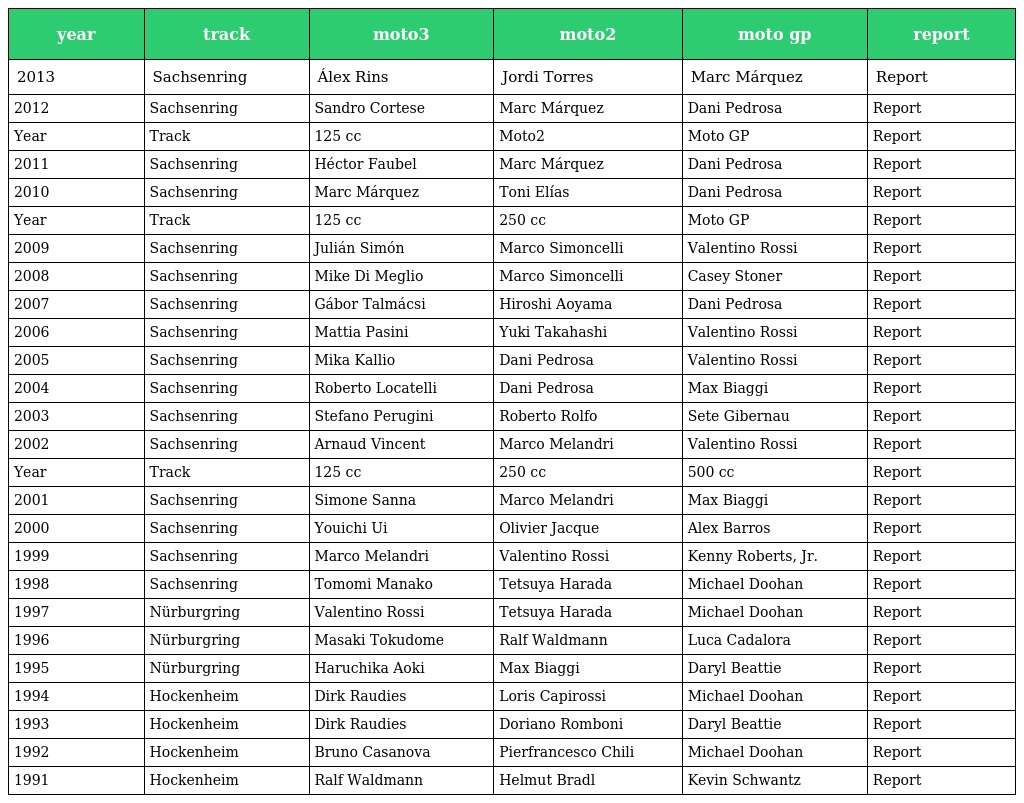
| year | track | moto3 | moto2 | moto gp | report |
 | --- | --- | --- | --- | --- | --- |
 | 2013 | Sachsenring | Álex Rins | Jordi Torres | Marc Márquez | Report |
 | 2012 | Sachsenring | Sandro Cortese | Marc Márquez | Dani Pedrosa | Report |
 | Year | Track | 125 cc | Moto2 | Moto GP | Report |
 | 2011 | Sachsenring | Héctor Faubel | Marc Márquez | Dani Pedrosa | Report |
 | 2010 | Sachsenring | Marc Márquez | Toni Elías | Dani Pedrosa | Report |
 | Year | Track | 125 cc | 250 cc | Moto GP | Report |
 | 2009 | Sachsenring | Julián Simón | Marco Simoncelli | Valentino Rossi | Report |
 | 2008 | Sachsenring | Mike Di Meglio | Marco Simoncelli | Casey Stoner | Report |
 | 2007 | Sachsenring | Gábor Talmácsi | Hiroshi Aoyama | Dani Pedrosa | Report |
 | 2006 | Sachsenring | Mattia Pasini | Yuki Takahashi | Valentino Rossi | Report |
 | 2005 | Sachsenring | Mika Kallio | Dani Pedrosa | Valentino Rossi | Report |
 | 2004 | Sachsenring | Roberto Locatelli | Dani Pedrosa | Max Biaggi | Report |
 | 2003 | Sachsenring | Stefano Perugini | Roberto Rolfo | Sete Gibernau | Report |
 | 2002 | Sachsenring | Arnaud Vincent | Marco Melandri | Valentino Rossi | Report |
 | Year | Track | 125 cc | 250 cc | 500 cc | Report |
 | 2001 | Sachsenring | Simone Sanna | Marco Melandri | Max Biaggi | Report |
 | 2000 | Sachsenring | Youichi Ui | Olivier Jacque | Alex Barros | Report |
 | 1999 | Sachsenring | Marco Melandri | Valentino Rossi | Kenny Roberts, Jr. | Report |
 | 1998 | Sachsenring | Tomomi Manako | Tetsuya Harada | Michael Doohan | Report |
 | 1997 | Nürburgring | Valentino Rossi | Tetsuya Harada | Michael Doohan | Report |
 | 1996 | Nürburgring | Masaki Tokudome | Ralf Waldmann | Luca Cadalora | Report |
 | 1995 | Nürburgring | Haruchika Aoki | Max Biaggi | Daryl Beattie | Report |
 | 1994 | Hockenheim | Dirk Raudies | Loris Capirossi | Michael Doohan | Report |
 | 1993 | Hockenheim | Dirk Raudies | Doriano Romboni | Daryl Beattie | Report |
 | 1992 | Hockenheim | Bruno Casanova | Pierfrancesco Chili | Michael Doohan | Report |
 | 1991 | Hockenheim | Ralf Waldmann | Helmut Bradl | Kevin Schwantz | Report |